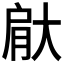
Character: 𮌙